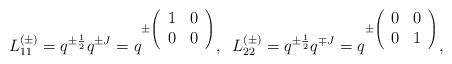
LaTeX: \begin{align*}L_{11}^{(\pm)}=q^{\pm \frac{1}{2}}q^{\pm J}=q^{\pm \left(\begin{array}{cc}1&0\\0&0\end{array}\right)},\;\;L_{22}^{(\pm)}=q^{\pm \frac{1}{2}}q^{\mp J}=q^{\pm \left(\begin{array}{cc}0&0\\0&1\end{array}\right)},\;\;\end{align*}